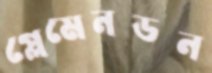
প্লেমেনডন